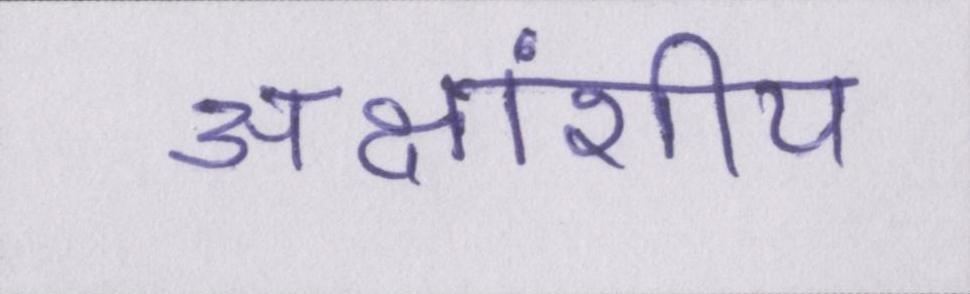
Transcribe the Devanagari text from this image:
अक्षांशीय